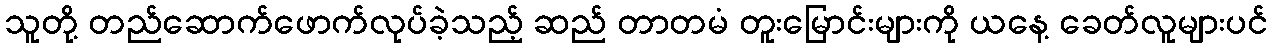
သူတို့ တည်ဆောက်ဖောက်လုပ်ခဲ့သည့် ဆည် တာတမံ တူးမြောင်းများကို ယနေ့ ခေတ်လူများပင်